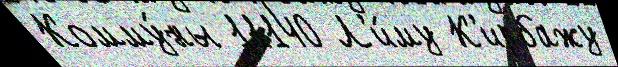
Комму́ны 11140 Л'и́му К'ирбажу